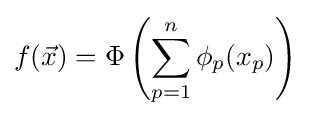
f({\vec {x}})=\Phi \left(\sum _{p=1}^{n}\phi _{p}(x_{p})\right)